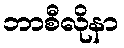
ဘာစီလိုနာ